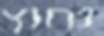
נחוץ